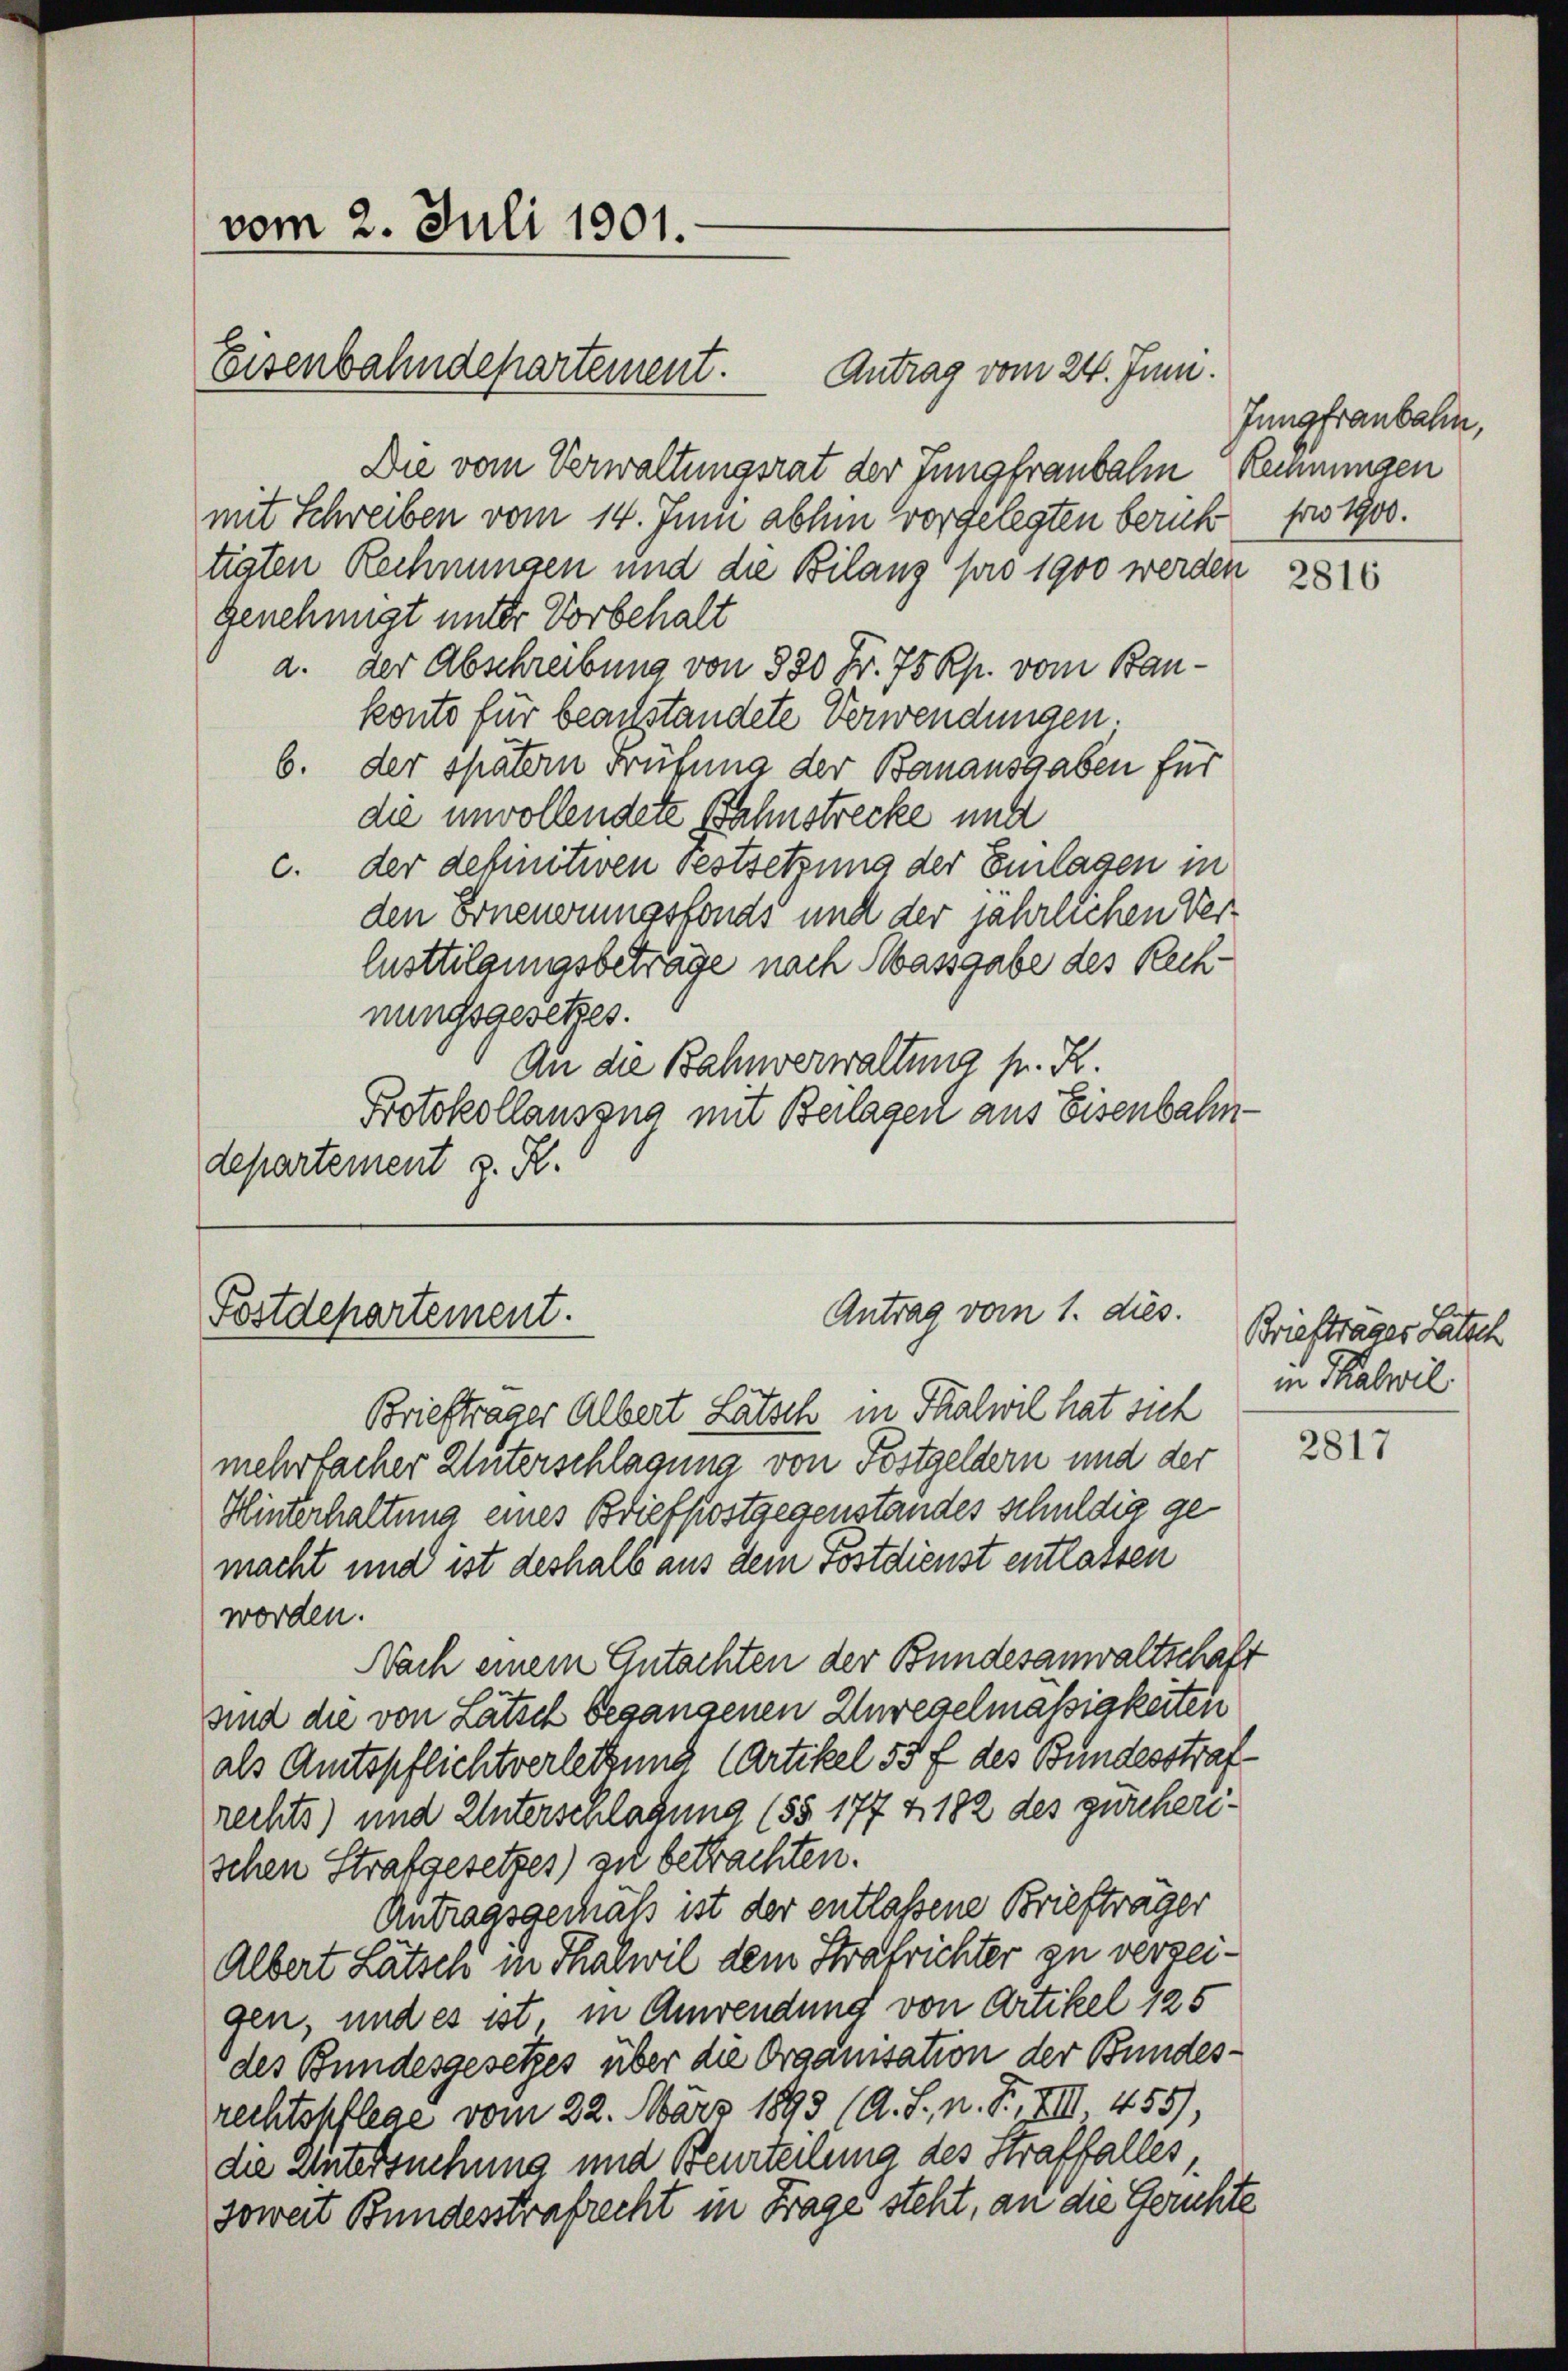
vom 2. Juli 1901.

Eisenbahndepartement.

Antrag vom 24. Juni.
Die vom Verwaltungsrat der Jungfraubahn Rechnungen
mit Schreiben vom 14. Juni abhin vorgelegten berich pro 1900.
tiaten Rechnungen und die Bilanz pro 1900 werden
genehmigt unter Vorbehalt
a. der Abschreibung von 880 Fr. 75 Rp. vom Baukonto für beachstandete Verwendungen.
6. der spätern Prüfung der Banausgaben für
die unvollendete Zahnstrecke und
c. der definitiven Festsetzung der Einlagen in
den Erneuerungsfonds und der jährlichen Ver-
Eusttilgungsbeträge nach Massgabe des Rechnungsgesetzes.
An die Bahnverwaltung s. R.
Protokollauszug mit Beilagen aus Eisenbahndepartement z. R.

Antrag vom 1. dies.
Postdepartement.

Brieftrager Albert Lätsch in Thalwil hat sich
mehrfacher Unterschlagung von Festgeldern und der
Hinterhaltung eines Briefpostgegenstandes schuldig gemacht und ist deshalb aus dem Postdienst entlassen
worden.
Nach einem Gutachten der Bundesanwaltschaft
sind die von Lätsch begangenen Anregelmässigkeiten
als Amtspflichtverletzung (Artikel 55 f des Bundesstrafrechts) und Unterschlagung (§§ 177 f. 182 des gwicherischen Strafgesetzes) zu betrachten.
Antragsgemäß ist der entlassene Briefträger
Albert Lätzen in Thalwil dem Strafrichter zu verzeigen, und es ist, in Anwendung von Artikel 125
des Bundesgesetzes über die Organisation der Bundesrechtspflege vom 22. März 1893 (A. S., n. F. VIII. 455),
die Untersuchung und Beurteilung des Straffalles,
soweit Bundesstrafrecht in Frage steht, an die Gerichte

Jungfraubahn,

2816

Briefträger Lätsch
in Thalwil

2817